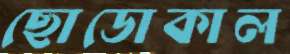
ছোডোকাল